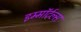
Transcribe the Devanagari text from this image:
इम्माॅर्टल्स